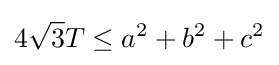
4{\sqrt {3}}T\leq a^{2}+b^{2}+c^{2}